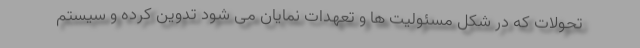
تحولات که در شکل مسئولیت ها و تعهدات نمایان می شود تدوین کرده و سیستم